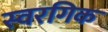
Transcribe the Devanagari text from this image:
स्वरगिक